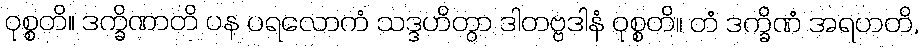
ဝုစ္စတိ။ ဒက္ခိဏာတိ ပန ပရလောကံ သဒ္ဒဟိတွာ ဒါတဗ္ဗဒါနံ ဝုစ္စတိ။ တံ ဒက္ခိဏံ အရဟတိ,